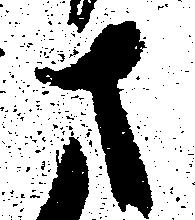
さ